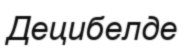
Децибелде